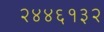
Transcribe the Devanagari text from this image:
२४४६१३२